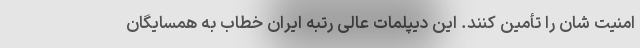
امنیت شان را تأمین کنند. این دیپلمات عالی رتبه ایران خطاب به همسایگان